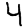
Digit: 4